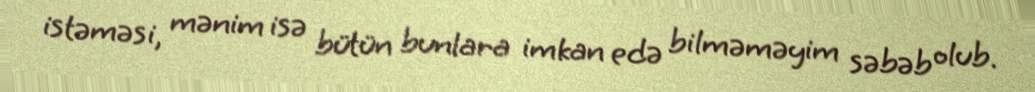
istəməsi, mənim isə bütün bunlara imkan edə bilməməyim səbəb olub.